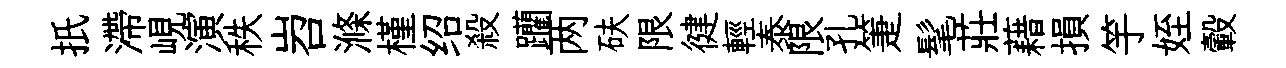
扺滯峴演秩岧滌槿绍殺躪两砆限徤輕泰限孔箑髦莊藉損竽姪轂